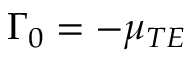
\Gamma _ { 0 } = - \mu _ { T E }